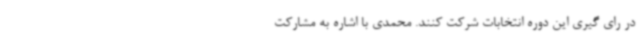
در رای گیری این دوره انتخابات شرکت کنند. محمدی با اشاره به مشارکت